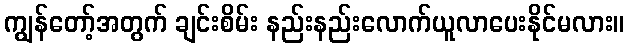
ကျွန်တော့်အတွက် ချင်းစိမ်း နည်းနည်းလောက်ယူလာပေးနိုင်မလား။